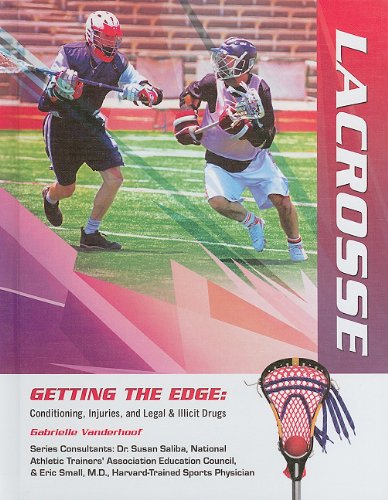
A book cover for Lacrosse (Getting the Edge: Conditioning, Injuries, and Legal & Illicit Drugs); Gabrielle Vanderhoof; Sports & Outdoors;